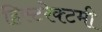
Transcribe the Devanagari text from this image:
हिस्टरेक्टमी